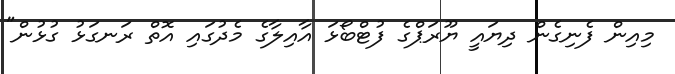
މިއިން ފެނިގެން ދިޔައީ ޔޫރަޕްގެ ފުޓްބޯޅަ އާއިލާގެ މެދުގައި އޮތް ރަނގަޅު ގުޅުން"